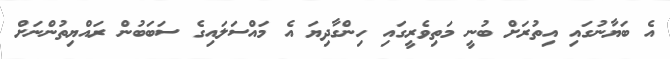
އެ ބަޔާނުގައި އިތުރަށް ބުނީ މަތިވެރީގައި ހިންގާދިޔަ އެ މައްސަލައިގެ ސަބަބުން ރައްޔިތުންނަށް